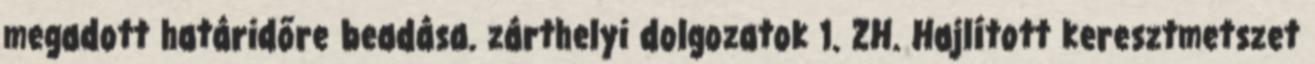
megadott határidőre beadása. zárthelyi dolgozatok 1. ZH. Hajlított keresztmetszet